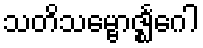
သတိသမ္ဗောဇ္ဈင်္ဂေါ